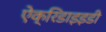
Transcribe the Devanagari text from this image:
ऐक्रिडाइइडी